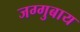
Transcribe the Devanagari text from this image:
जग्गुबाय